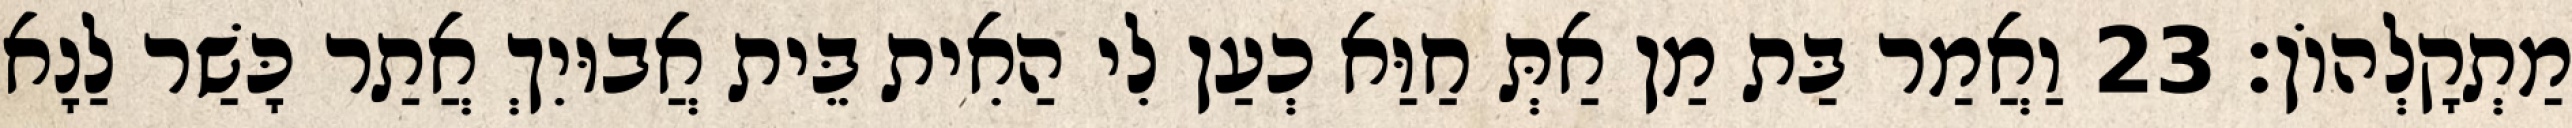
מַתְקָלְהוֹן׃ 23 וַאֲמַר בַּת מַן אַתְּ חַוַּא כְעַן לִי הַאִית בֵּית אֲבוּיִךְ אֲתַר כָּשַׁר לַנָא